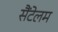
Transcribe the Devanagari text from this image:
सैंटेलम